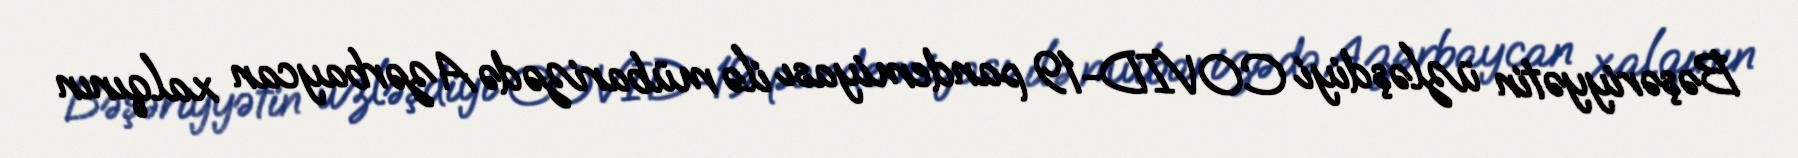
Bəşəriyyətin üzləşdiyi COVID-19 pandemiyası ilə mübarizədə Azərbaycan xalqının